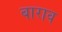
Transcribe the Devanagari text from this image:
बाराव